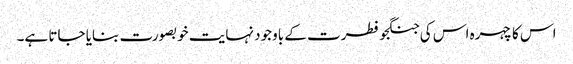
اس کا چہرہ اس کی جنگجو فطرت کے باوجود نہایت خوبصورت بنایا جاتا ہے۔